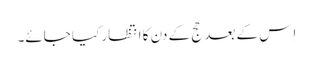
اِس کے بعد حج کے دن کا انتظار کیا جائے۔